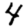
Digit: 4